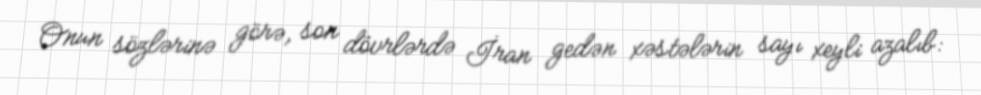
Onun sözlərinə görə, son dövrlərdə İran gedən xəstələrin sayı xeyli azalıb: